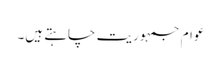
عوام جمہوریت چاہتے ہیں۔